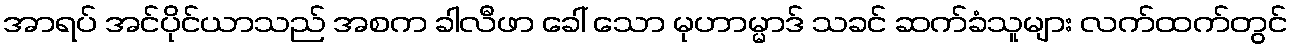
အာရပ် အင်ပိုင်ယာသည် အစက ခါလီဖာ ခေါ် သော မုဟာမ္မာဒ် သခင် ဆက်ခံသူများ လက်ထက်တွင်